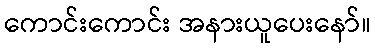
ကောင်းကောင်း အနားယူပေးနော်။